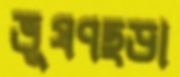
ভূষণছড়া